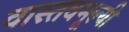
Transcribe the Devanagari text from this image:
वास्तवमूल्यी